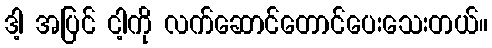
ဒါ့ အပြင် ငါ့ကို လက်ဆောင်တောင်ပေးသေးတယ်။